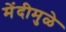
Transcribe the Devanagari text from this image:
मेंदीमुळे